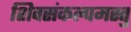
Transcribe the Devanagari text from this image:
शिवसंकल्पमस्तु